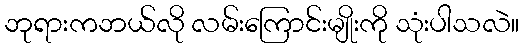
ဘုရားကဘယ်လို လမ်းကြောင်းမျိုးကို သုံးပါသလဲ။